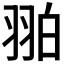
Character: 𦐚